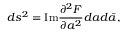
d s ^ { 2 } = \mathrm { I m } \frac { \partial ^ { 2 } { \cal F } } { \partial a ^ { 2 } } d a d \bar { a } ,